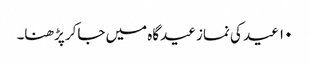
۱۰ عید کی نماز عیدگاہ میں جاکر پڑھنا۔